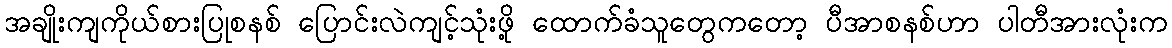
အချိုးကျကိုယ်စားပြုစနစ် ပြောင်းလဲကျင့်သုံးဖို့ ထောက်ခံသူတွေကတော့ ပီအာစနစ်ဟာ ပါတီအားလုံးက